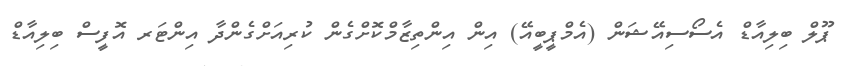
ޕޫލް ބިލިއާޑް އެސޯސިއޭޝަން (އެމްޕީބީއޭ) އިން އިންތިޒާމްކޮށްގެން ކުރިއަށްގެންދާ އިންޓަރ އޮފީސް ބިލިއާޑް